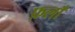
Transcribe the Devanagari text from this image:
फ़लाँ